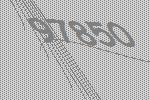
97850